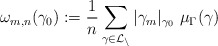
\begin{align*}\omega_{m,n}(\gamma_0) := \frac{1}{n} \sum_{\gamma \in \cal L_n} |\gamma_m|_{\gamma_0} \,\, \mu_\Gamma(\gamma)\end{align*}